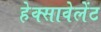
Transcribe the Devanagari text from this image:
हेक्सावेलेंट